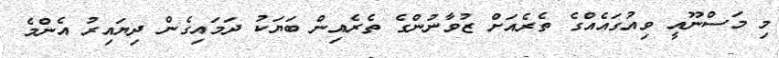
މި މަސްނޫއީ ވިއުގައެއްގެ ތެރެއަށް ޒުވާނުންގެ ތެރެއިން ބަޔަކު ދަމައިގެން ދިޔައިރު އެންމެ